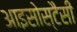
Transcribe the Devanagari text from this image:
आइसोस्टैसी